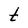
Character: t